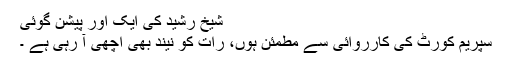
شیخ رشید کی ایک اور پیشن گوئی
سپریم کورٹ کی کارروائی سے مطمئن ہوں، رات کو نیند بھی اچھی آ رہی ہے ۔